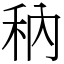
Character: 䄲